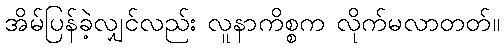
အိမ်ပြန်ခဲ့လျှင်လည်း လူနာကိစ္စက လိုက်မလာတတ်။